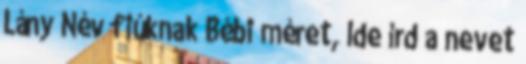
Lány Név fiúknak Bébi méret, Ide írd a nevet